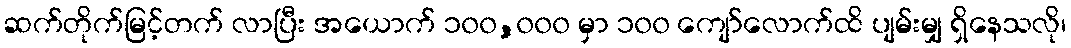
ဆက်တိုက်မြင့်တက် လာပြီး အယောက် ၁၀၀,၀၀၀ မှာ ၁၀၀ ကျော်လောက်ထိ ပျမ်းမျှ ရှိနေသလို၊